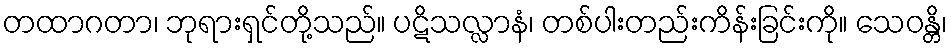
တထာဂတာ၊ ဘုရားရှင်တို့သည်။ ပဋိသလ္လာနံ၊ တစ်ပါးတည်းကိန်းခြင်းကို။ သေဝန္တိ၊